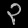
Digit: ၃